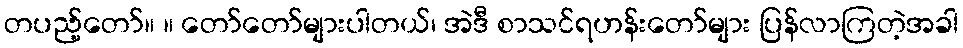
တပည့်တော်။ ။ တော်တော်များပါတယ်၊ အဲဒီ စာသင်ရဟန်းတော်များ ပြန်လာကြတဲ့အခါ